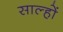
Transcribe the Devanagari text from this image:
साल्हों